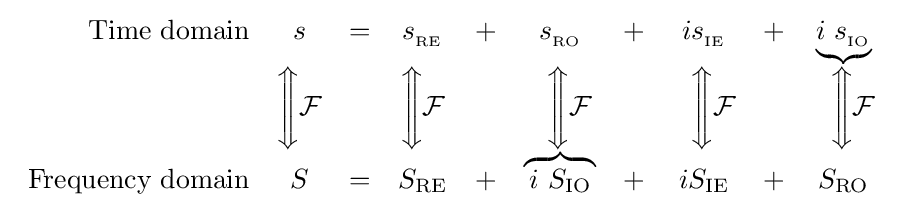
{\begin{array}{rccccccccc}{\text{Time domain}}&s&=&s_{_{\text{RE}}}&+&s_{_{\text{RO}}}&+&is_{_{\text{IE}}}&+&\underbrace {i\ s_{_{\text{IO}}}} \\&{\Bigg \Updownarrow }{\mathcal {F}}&&{\Bigg \Updownarrow }{\mathcal {F}}&&\ \ {\Bigg \Updownarrow }{\mathcal {F}}&&\ \ {\Bigg \Updownarrow }{\mathcal {F}}&&\ \ {\Bigg \Updownarrow }{\mathcal {F}}\\{\text{Frequency domain}}&S&=&S_{\text{RE}}&+&\overbrace {\,i\ S_{\text{IO}}\,} &+&iS_{\text{IE}}&+&S_{\text{RO}}\end{array}}